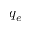
q _ { e }